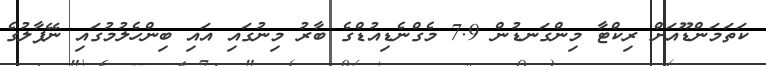
ކަތަމަންޑޫއަށް ރިކްޓާ މިންގަނޑުން 7.9 މެގްނެޑިއުޑްގެ ބާރު މިނުގައި އައި ބިންހެލުމުގައި ނޭޕާލުގެ